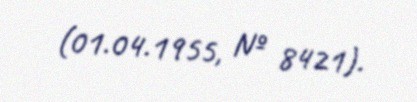
(01.04.1955, № 8421).